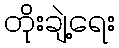
တိုးချဲ့ရေး